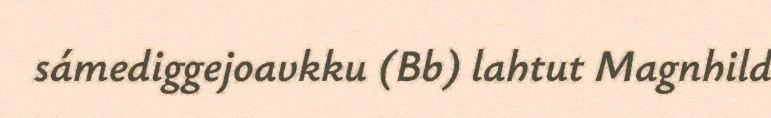
sámediggejoavkku (Bb) lahtut Magnhild